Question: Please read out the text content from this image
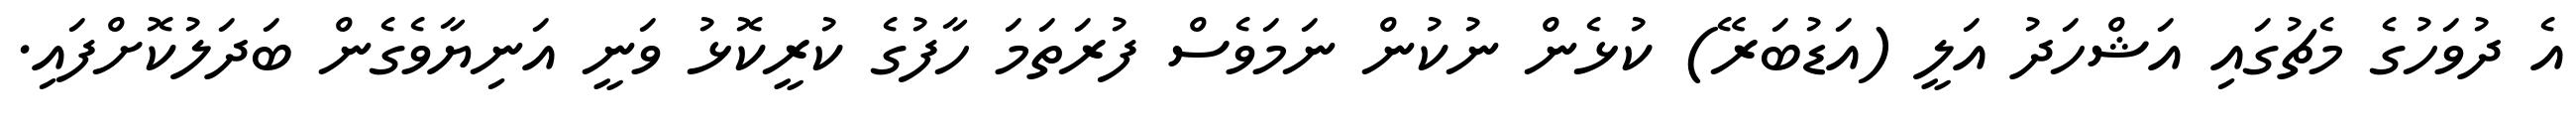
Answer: އެ ދުވަހުގެ މެޗުގައި އަޝްހަދު އަލީ (އަޑުބަރޭ) ކުޅެން ނުކުން ނަމަވެސް ފުރަތަމަ ހާފުގެ ކުރީކޮޅު ވަނީ އަނިޔާވެގެން ބަދަލުކޮށްފައި.